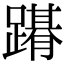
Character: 𨅤